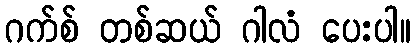
ဂက်စ် တစ်ဆယ် ဂါလံ ပေးပါ။